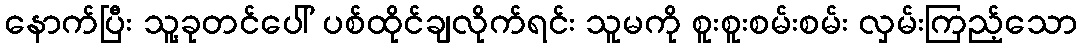
နောက်ပြီး သူ့ခုတင်ပေါ် ပစ်ထိုင်ချလိုက်ရင်း သူမကို စူးစူးစမ်းစမ်း လှမ်းကြည့်သော